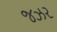
જઝર